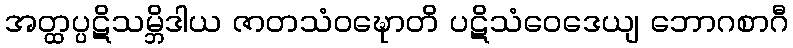
အတ္ထပ္ပဋိသမ္ဘိဒါယ ဇာတသံဝဍ္ဎောတိ ပဋိသံဝေဒေယျ ဘောဂစာဂီ